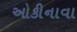
ઓકીનાવા